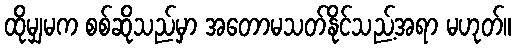
ထိုမျှမက စစ်ဆိုသည်မှာ အတောမသတ်နိုင်သည့်အရာ မဟုတ်။